Indian journal of veterinary science and animal husbandry - Volume 14,
Year: 1944
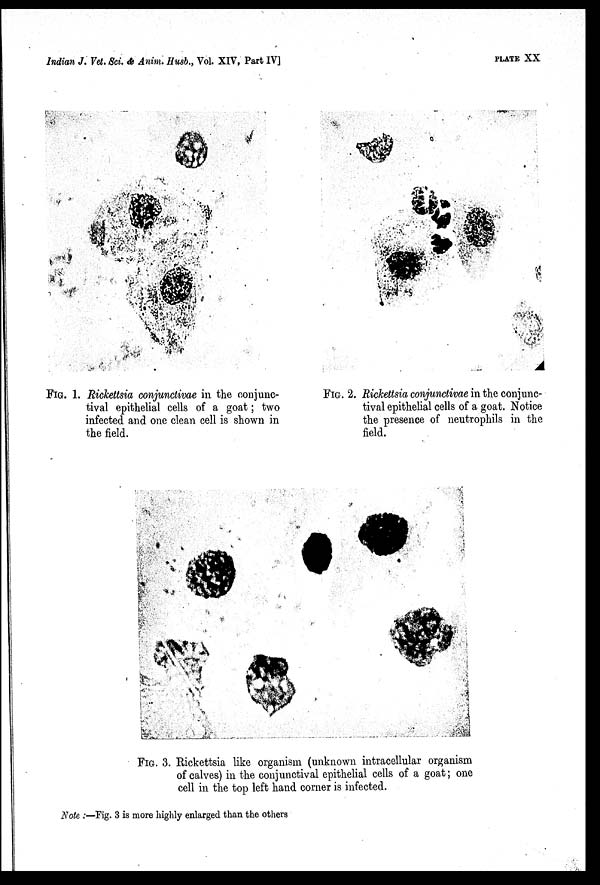
Indian J. Vet. Sci. & Anim. Husb., Vol. XIV, Part IV]
PLATE XX
FIG. 1. Rickettsia conjunctivae in the conjunc-
tival epithelial cells of a goat; two
infected and one clean cell is shown in
the field.
FIG. 2. Rickettsia conjunctivae in the conjunc-
tival epithelial cells of a goat. Notice
the presence of neutrophils in the
field.
FIG. 3. Rickettsia like organism (unknown intracellular organism
of calves) in the conjunctival epithelial cells of a goat; one
cell in the top left hand corner is infected.
Note:—Fig. 3 is more highly enlarged than the others